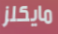
مايكلز